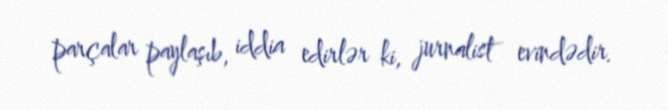
parçalar paylaşıb, iddia edirlər ki, jurnalist evindədir.